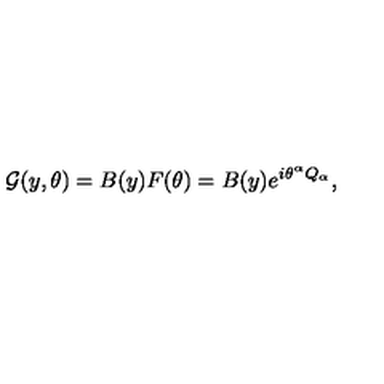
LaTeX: { \cal G } ( y , \theta ) = B ( y ) F ( \theta ) = B ( y ) e ^ { i \theta ^ { \alpha } Q _ { \alpha } } ,